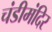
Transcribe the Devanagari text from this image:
चंडीमंदिर